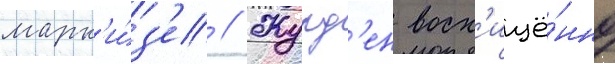
марк'и́з'е // Журд'ен восх'ищё́нно